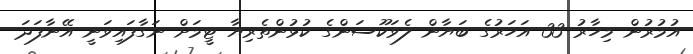
އުމުރުން މިހާރު 33 އަހަރުގެ ބަޔާން ލެވަކޫސަންގެ ކުޅުންތެރިޔާ ޓީމަށް ނަގާފައިވަނީ އޭނާފަދަ